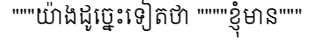
"""យ៉ាងដូច្នេះទៀតថា """"ខ្ញុំមាន"""